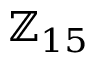
\mathbb { Z } _ { 1 5 }